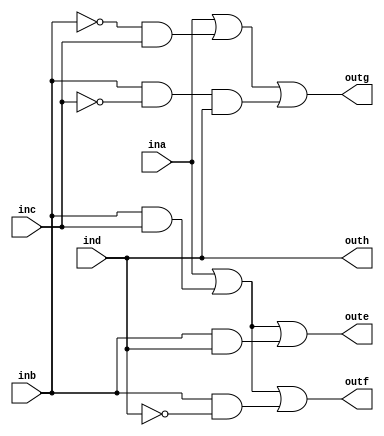
`timescale 1ns / 1ps

module code_converter_1(
    input ina, inb, inc, ind,
    output oute, outf, outg, outh
);

assign oute = ina | (inb & inc) | (inb & ind);
assign outf = ina | (inb & inc) | (inb & (~ind));
assign outg = ina | ((~inb) & inc) | (inb & (~inc) & ind);
assign outh = ind;

endmodule